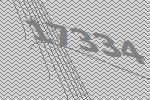
17334